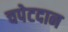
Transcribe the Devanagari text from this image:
चपेटदान